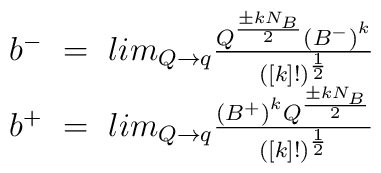
\begin{array}{c} b^-~=~lim_{Q\to q}{{Q^{\pm k N_B \over 2}{(B^-)}^k}\over{([k]!)^{1\over 2}}}\\ b^+~=~lim_{Q\to q}{{{(B^+)}^kQ^{{\pm kN_B\over 2}}\over{([k]!)^{1\over 2}}}} \end{array}